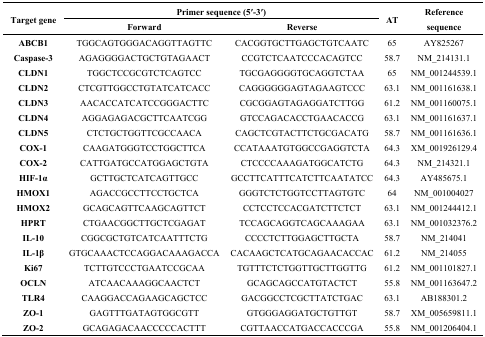
<table><thead><tr><td rowspan="2"><b>Target gene</b></td><td colspan="2"><b>Primer sequence (5′-3′)</b></td><td rowspan="2"><b>AT</b></td><td rowspan="2"><b>Reference sequence</b></td></tr><tr><td><b>Forward</b></td><td><b>Reverse</b></td></tr></thead><tbody><tr><td><b>ABCB1</b></td><td>TGGCAGTGGGACAGGTTAGTTC</td><td>CACGGTGCTTGAGCTGTCAATC</td><td>65</td><td>AY825267</td></tr><tr><td><b>Caspase-3</b></td><td>AGAGGGGACTGCTGTAGAACT</td><td>CCGTCTCAATCCCACAGTCC</td><td>58.7</td><td>NM_214131.1</td></tr><tr><td><b>CLDN1</b></td><td>TGGCTCCGCGTCTCAGTCC</td><td>TGCGAGGGGTGCAGGTCTAA</td><td>65</td><td>NM_001244539.1</td></tr><tr><td><b>CLDN2</b></td><td>CTCGTTGGCCTGTATCATCACC</td><td>CAGGGGGGAGTAGAAGTCCC</td><td>63.1</td><td>NM_001161638.1</td></tr><tr><td><b>CLDN3</b></td><td>AACACCATCATCCGGGACTTC</td><td>CGCGGAGTAGAGGATCTTGG</td><td>61.2</td><td>NM_001160075.1</td></tr><tr><td><b>CLDN4</b></td><td>AGGAGAGACGCTTCAATCGG</td><td>GTCCAGACACCTGAACACCG</td><td>63.1</td><td>NM_001161637.1</td></tr><tr><td><b>CLDN5</b></td><td>CTCTGCTGGTTCGCCAACA</td><td>CAGCTCGTACTTCTGCGACATG</td><td>58.7</td><td>NM_001161636.1</td></tr><tr><td><b>COX-1</b></td><td>CAAGATGGGTCCTGGCTTCA</td><td>CCATAAATGTGGCCGAGGTCTA</td><td>64.3</td><td>XM_001926129.4</td></tr><tr><td><b>COX-2</b></td><td>CATTGATGCCATGGAGCTGTA</td><td>CTCCCCAAAGATGGCATCTG</td><td>64.3</td><td>NM_214321.1</td></tr><tr><td><b>HIF-1α</b></td><td>GCTTGCTCATCAGTTGCC</td><td>GCCTTCATTTCATCTTCAATATCC</td><td>64.3</td><td>AY485675.1</td></tr><tr><td><b>HMOX1</b></td><td>AGACCGCCTTCCTGCTCA</td><td>GGGTCTCTGGTCCTTAGTGTC</td><td>64</td><td>NM_001004027</td></tr><tr><td><b>HMOX2</b></td><td>GCAGCAGTTCAAGCAGTTCT</td><td>CCTCCTCCACGATCTTCTCT</td><td>63.1</td><td>NM_001244412.1</td></tr><tr><td><b>HPRT</b></td><td>CTGAACGGCTTGCTCGAGAT</td><td>TCCAGCAGGTCAGCAAAGAA</td><td>63.1</td><td>NM_001032376.2</td></tr><tr><td><b>IL-10</b></td><td>CGGCGCTGTCATCAATTTCTG</td><td>CCCCTCTTGGAGCTTGCTA</td><td>58.7</td><td>NM_214041</td></tr><tr><td><b>IL-1β</b></td><td>GTGCAAACTCCAGGACAAAGACCA</td><td>CACAAGCTCATGCAGAACACCAC</td><td>61.2</td><td>NM_214055</td></tr><tr><td><b>Ki67</b></td><td>TCTTGTCCCTGAATCCGCAA</td><td>TGTTTCTCTGGTTGCTTGGTTG</td><td>61.2</td><td>NM_001101827.1</td></tr><tr><td><b>OCLN</b></td><td>ATCAACAAAGGCAACTCT</td><td>GCAGCAGCCATGTACTCT</td><td>55.8</td><td>NM_001163647.2</td></tr><tr><td><b>TLR4</b></td><td>CAAGGACCAGAAGCAGCTCC</td><td>GACGGCCTCGCTTATCTGAC</td><td>63.1</td><td>AB188301.2</td></tr><tr><td><b>ZO-1</b></td><td>GAGTTTGATAGTGGCGTT</td><td>GTGGGAGGATGCTGTTGT</td><td>58.7</td><td>XM_005659811.1</td></tr><tr><td><b>ZO-2</b></td><td>GCAGAGACAACCCCCACTTT</td><td>CGTTAACCATGACCACCCGA</td><td>55.8</td><td>NM_001206404.1</td></tr></tbody></table>